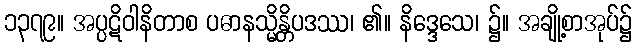
၁၃၇၉။ အပ္ပဋိဝါနိတာစ ပဓာနသ္မိန္တိပဒဿ၊ ၏။ နိဒ္ဒေသေ၊ ၌။ အချို့စာအုပ်၌